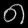
Digit: ၈